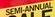
semi-annual